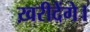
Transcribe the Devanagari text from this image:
ख़रीदेंगे।